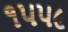
૧૫૫૯